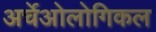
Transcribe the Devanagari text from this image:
अर्चेओलोगिकल